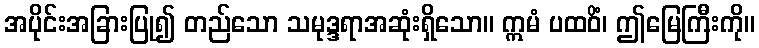
အပိုင်းအခြားပြု၍ တည်သော သမုဒ္ဒရာအဆုံးရှိသော။ ဣမံ ပထဝိံ၊ ဤမြေကြီးကို။